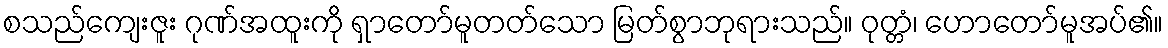
စသည်ကျေးဇူး ဂုဏ်အထူးကို ရှာတော်မူတတ်သော မြတ်စွာဘုရားသည်။ ဝုတ္တံ၊ ဟောတော်မူအပ်၏။